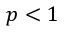
p < 1